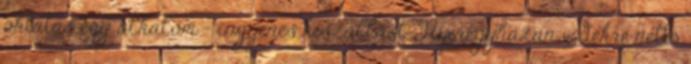
oktatás egy alkalom - ingyenes kiszállást Nyíregyházán vidékre nettó